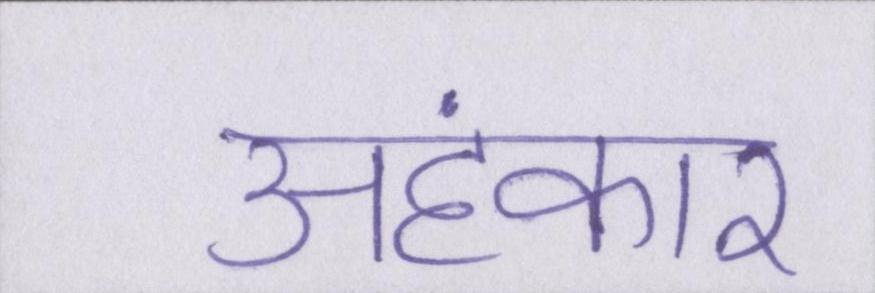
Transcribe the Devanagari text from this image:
अहंकार